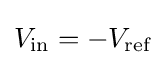
V_{\text{in}}=-V_{\text{ref}}